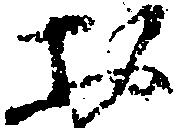
お